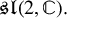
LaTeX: { \mathfrak { s l } } ( 2 , \mathbb { C } ) .